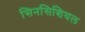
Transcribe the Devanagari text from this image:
सिनसिशियल